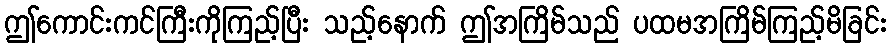
ဤကောင်းကင်ကြီးကိုကြည့်ပြီး သည့်နောက် ဤအကြိမ်သည် ပထမအကြိမ်ကြည့်မိခြင်း